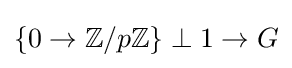
\{0\to {\mathbb {Z} }/p{\mathbb {Z} }\}\perp 1\to G